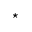
\star